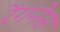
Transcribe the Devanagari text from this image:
रेंगनेस